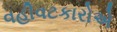
વહીવટકારોએ